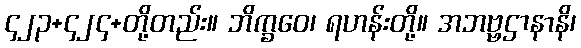
၄၂၃+၄၂၄+တို့တည်း။ ဘိက္ခဝေ၊ ရဟန်းတို့။ အဘဗ္ဗဌာနာနိ၊